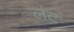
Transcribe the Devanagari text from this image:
लंट